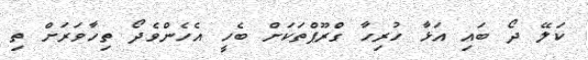
ކަލޭ ދޯ ބައި އަޅާ ހުރިހާ ގްރޫޕްތަކަށް ބެހީ އެހެންވެދޯ ތިހާވަރަށް ތި